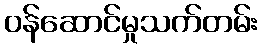
ဝန်ဆောင်မှုသက်တမ်း